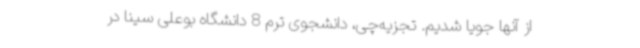
از آنها جویا شدیم. تجزیه‌چی، دانشجوی ترم 8 دانشگاه بوعلی سینا در